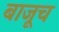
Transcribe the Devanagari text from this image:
बाजूच